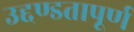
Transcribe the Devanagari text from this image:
उद्दण्डतापूर्ण